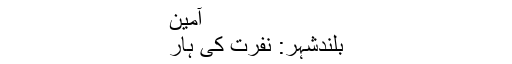
آمین
بلندشہر: نفرت کی ہار